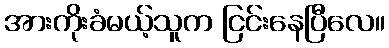
အားကိုးခံမယ့်သူက ငြင်းနေပြီလေ။